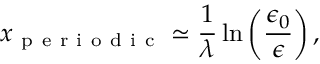
x _ { \mathrm { ~ p ~ e ~ r ~ i ~ o ~ d ~ i ~ c ~ } } \simeq \frac { 1 } { \lambda } \ln \left( \frac { \epsilon _ { 0 } } { \epsilon } \right) ,